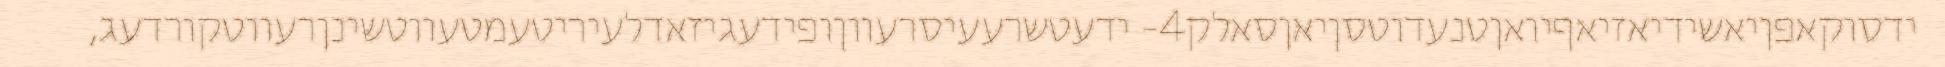
ידסוקאפןיאשידיאזיאףיואןטנעדוטסןיאןסאלק4- ידעטשרעעיסרעווןופידעגיזאדלעיריטעמטעווטשינןרעווטקורדעג,